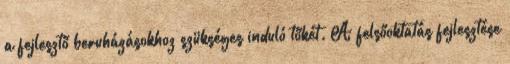
a fejlesztő beruházásokhoz szükséges induló tőkét. A felsőoktatás fejlesztése